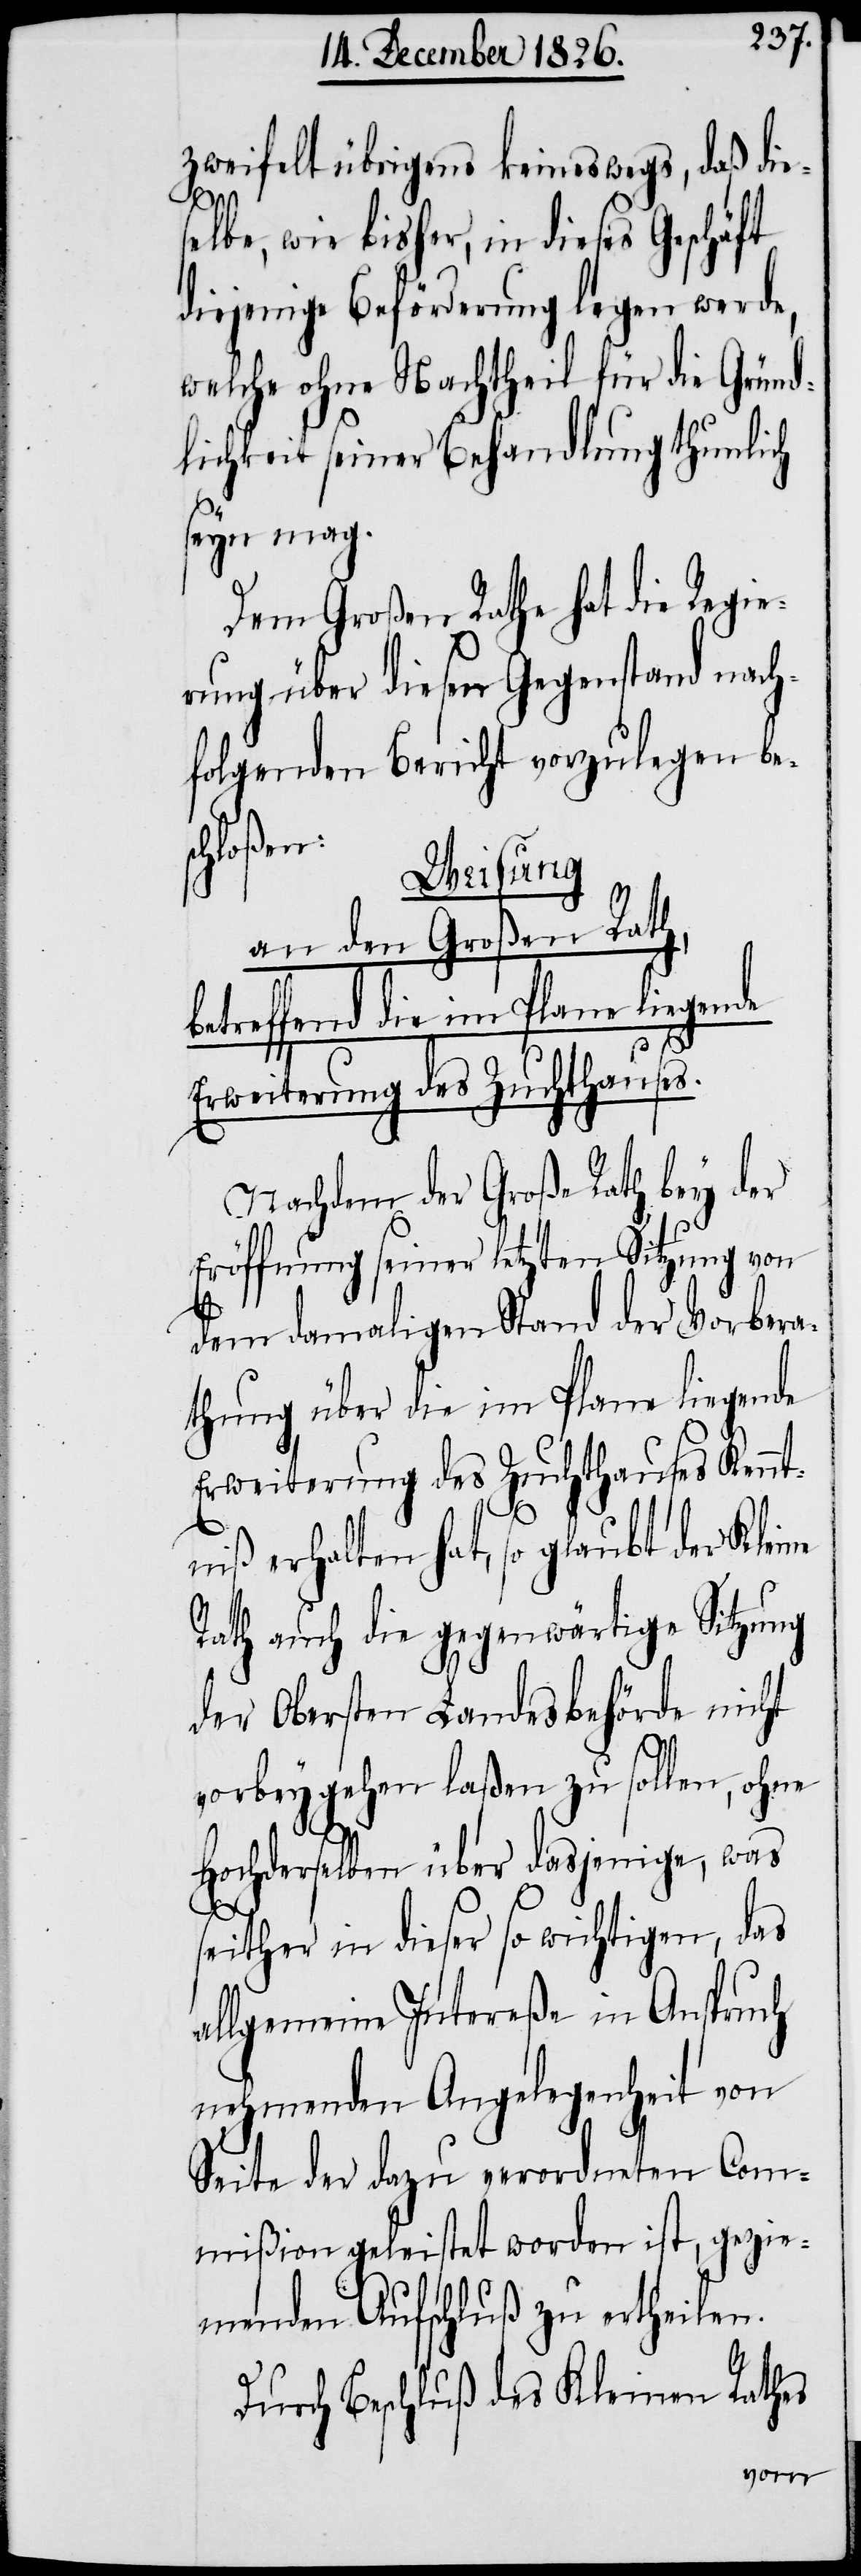
zweifelt übrigens keineswegs, daß die¬
selbe, wie bisher, in dieses Geschäft
diejenige Beförderung legen werde,
welche ohne Nachtheil für die Gründ¬
lichkeit seiner Behandlung thunlich
seyn mag.
Dem Großen Rathe hat die Regie¬
rung über diesen Gegenstand nach¬
folgenden Bericht vorzulegen bes¬
chloßen:
Weisung
an den Großen Rath,
betreffend die im Plane liegende
Erweiterung des Zuchthauses.
Nachdem der Große Rath bey der
Eröffnung seiner letzten Sitzung von
dem damaligen Stand der Vorbera¬
thung über die im Plane liegende
Erweiterung des Zuchthauses Kennt¬
niß erhalten hat, so glaubt der Kleine
Rath auch die gegenwärtige Sitzung
der Obersten Landesbehörde nicht
vorbeygehen laßen zu sollen, ohne
Hochderselben über dasjenige, was
seither in dieser so wichtigen, das
allgemeine Intereße in Anspruch
nehmenden Angelegenheit von
Seite der dazu verordneten Com¬
mißion geleistet worden ist, gezie¬
menden Aufschluß zu ertheilen.
Durch Beschluß des Kleinen Rathes